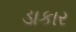
ડાકાર